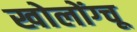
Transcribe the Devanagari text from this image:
खोलोंग्चू